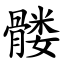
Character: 髅